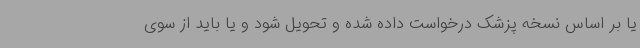
یا بر اساس نسخه پزشک درخواست داده شده و تحویل شود و یا باید از سوی